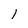
Character: 1